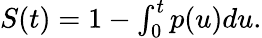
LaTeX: \begin{array}{r}{S(t)=1-\int_{0}^{t}p(u)du.}\end{array}